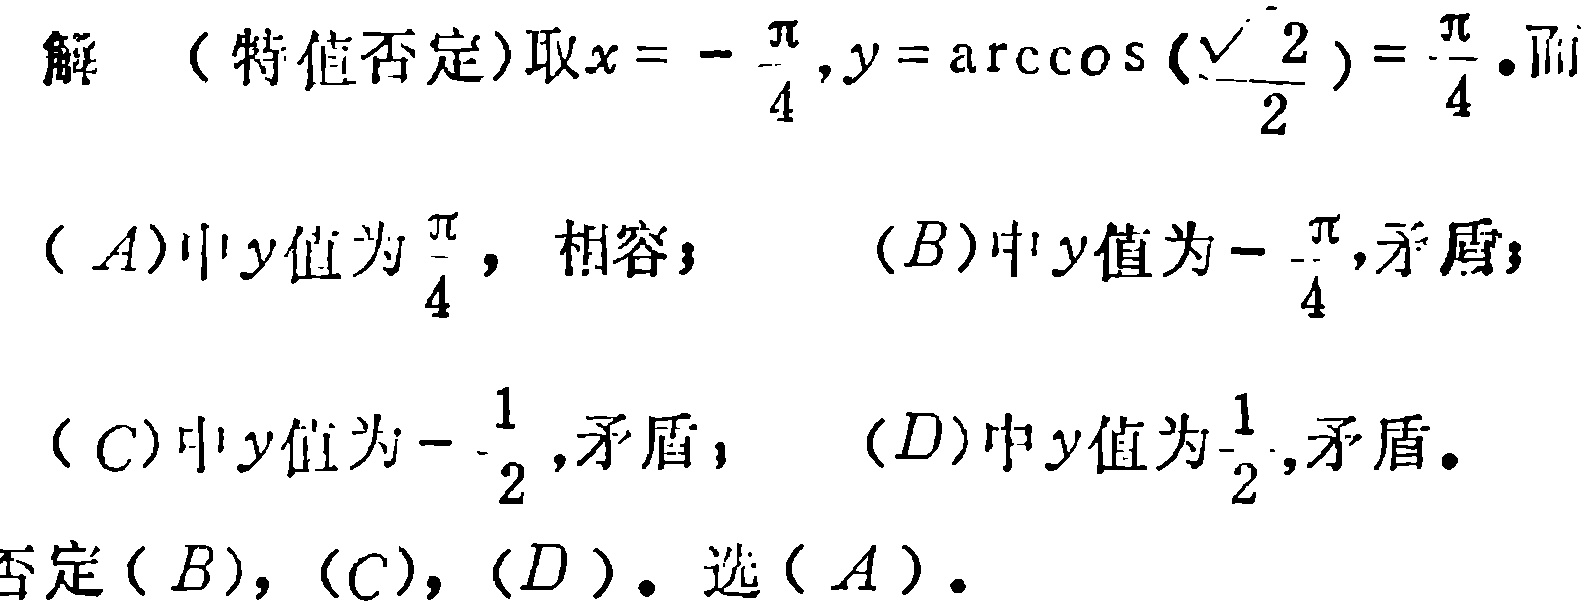
解 （特值否定）取\(x = - \frac{\pi}{4},y = \arccos(\frac{\sqrt{2}}{2}) = \frac{\pi}{4}\)。而
\((A)\)中\(y\)值为\(\frac{\pi}{4}\)，相容； \((B)\)中\(y\)值为\(-\frac{\pi}{4}\)，矛盾；
\((C)\)中\(y\)值为\(-\frac{1}{2}\)，矛盾； \((D)\)中\(y\)值为\(\frac{1}{2}\)，矛盾。
否定\((B)\)，\((C)\)，\((D)\)。选\((A)\)。